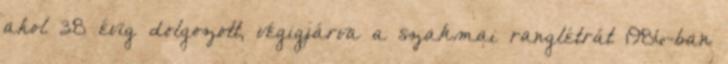
ahol 38 évig dolgozott, végigjárva a szakmai ranglétrát 1986-ban